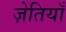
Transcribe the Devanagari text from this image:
ज़ेतियाँ